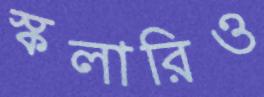
স্কলারিও